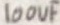
Text: 100uF